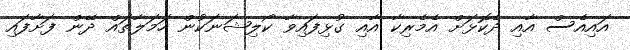
އައިއެސް އާއި ދެކޮޅަށް އެމެރިކާ އާއި ގުޅިފައިވާ ކޯލިޝަނަކުން ހަމަލާތައް ދޭން ފަށާފައި